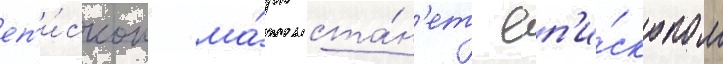
еп'и́скоп ма́рк ста́н'ет еп'и́скопом